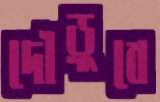
দৌড়ুবে